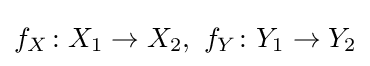
f_{X}\colon X_{1}\rightarrow X_{2},\ f_{Y}\colon Y_{1}\rightarrow Y_{2}